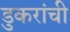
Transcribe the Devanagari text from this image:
डुकरांची